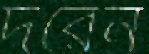
দরেন